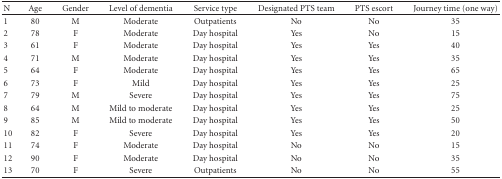
<table><thead><tr><td><b>N</b></td><td><b>Age</b></td><td><b>Gender</b></td><td><b>Level of dementia</b></td><td><b>Service type</b></td><td><b>Designated PTS team</b></td><td><b>PTS escort</b></td><td><b>Journey time (one way)</b></td></tr></thead><tbody><tr><td>1</td><td>80</td><td>M</td><td>Moderate</td><td>Outpatients</td><td>No</td><td>No</td><td>35</td></tr><tr><td>2</td><td>78</td><td>F</td><td>Moderate</td><td>Day hospital</td><td>Yes</td><td>No</td><td>15</td></tr><tr><td>3</td><td>61</td><td>F</td><td>Moderate</td><td>Day hospital</td><td>Yes</td><td>Yes</td><td>40</td></tr><tr><td>4</td><td>71</td><td>M</td><td>Moderate</td><td>Day hospital</td><td>Yes</td><td>Yes</td><td>35</td></tr><tr><td>5</td><td>64</td><td>F</td><td>Moderate</td><td>Day hospital</td><td>Yes</td><td>Yes</td><td>65</td></tr><tr><td>6</td><td>73</td><td>F</td><td>Mild</td><td>Day hospital</td><td>Yes</td><td>Yes</td><td>25</td></tr><tr><td>7</td><td>79</td><td>M</td><td>Severe</td><td>Day hospital</td><td>Yes</td><td>Yes</td><td>75</td></tr><tr><td>8</td><td>64</td><td>M</td><td>Mild to moderate</td><td>Day hospital</td><td>Yes</td><td>Yes</td><td>25</td></tr><tr><td>9</td><td>85</td><td>M</td><td>Mild to moderate</td><td>Day hospital</td><td>Yes</td><td>Yes</td><td>50</td></tr><tr><td>10</td><td>82</td><td>F</td><td>Severe</td><td>Day hospital</td><td>Yes</td><td>Yes</td><td>20</td></tr><tr><td>11</td><td>74</td><td>F</td><td>Moderate</td><td>Day hospital</td><td>No</td><td>No</td><td>15</td></tr><tr><td>12</td><td>90</td><td>F</td><td>Moderate</td><td>Day hospital</td><td>No</td><td>No</td><td>35</td></tr><tr><td>13</td><td>70</td><td>F</td><td>Severe</td><td>Outpatients</td><td>No</td><td>No</td><td>55</td></tr></tbody></table>